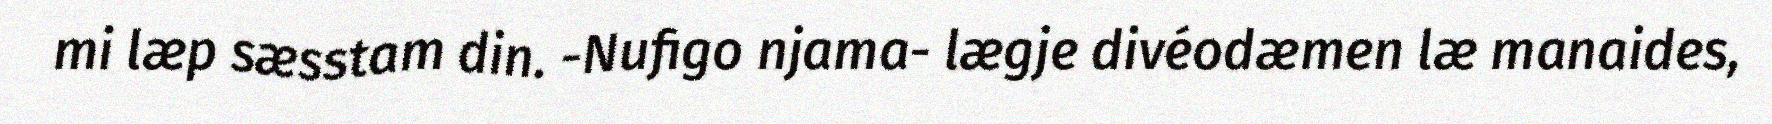
mi læp sæsstam din. -Nufigo njama- lægje divéodæmen læ manaides,